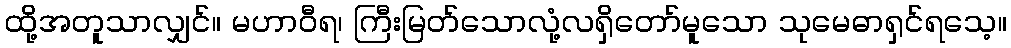
ထို့အတူသာလျှင်။ မဟာဝီရ၊ ကြီးမြတ်သောလုံ့လရှိတော်မူသော သုမေဓာရှင်ရသေ့။